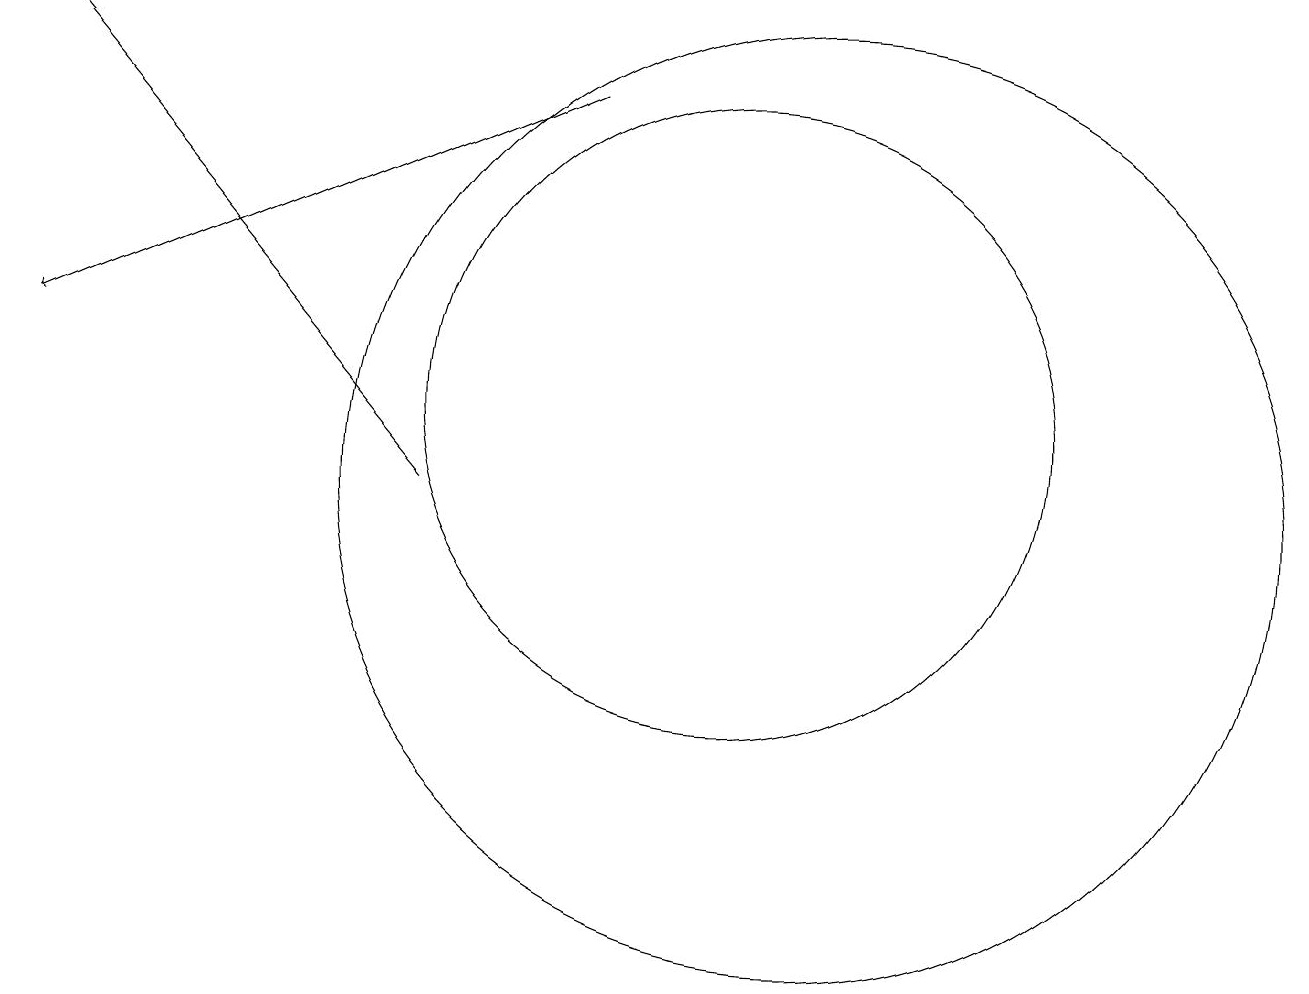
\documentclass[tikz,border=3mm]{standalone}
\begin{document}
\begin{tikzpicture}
\draw (11,11) circle (4);
\draw[->] (9,15) -- (2,12);
\draw (12,10) circle (6);
\draw[->] (7,10) -- (2,16);
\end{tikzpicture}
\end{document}